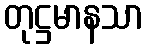
တုဋ္ဌမာနသာ